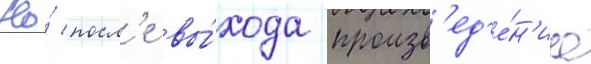
Но́ посл'е вы́хода произв'ед'е́н'иа